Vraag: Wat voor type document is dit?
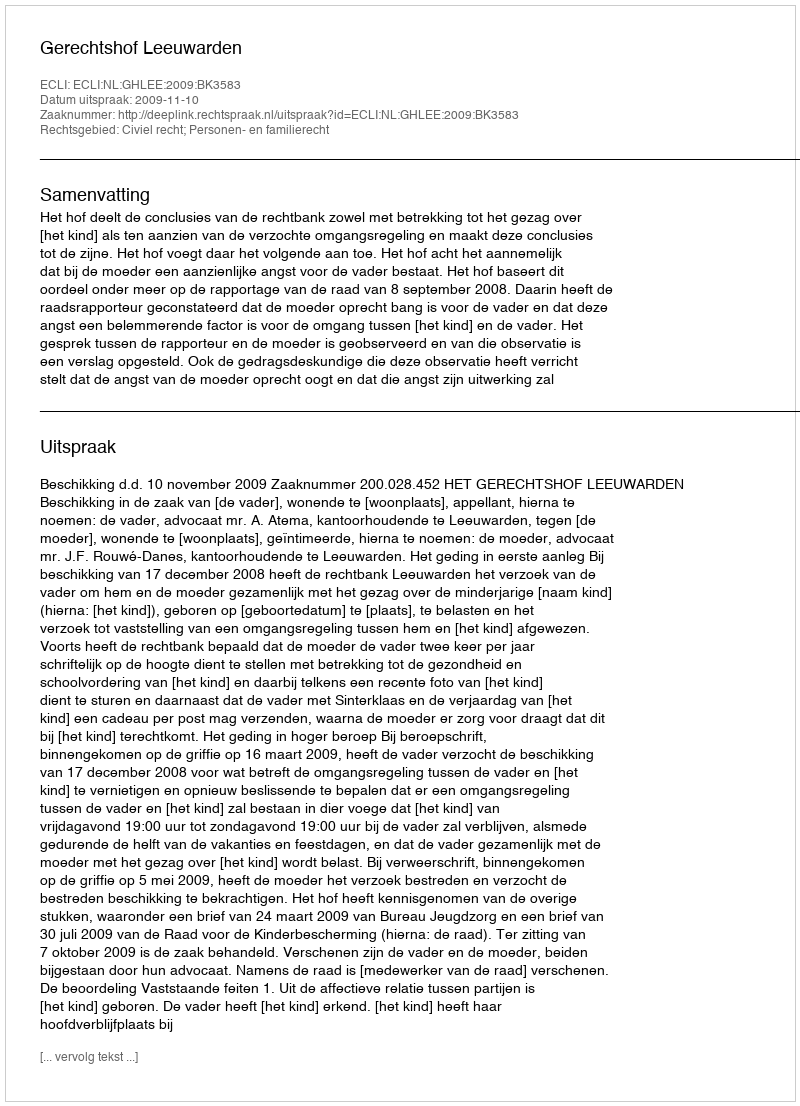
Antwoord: Uitspraak